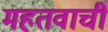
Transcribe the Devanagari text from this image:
महतवाची